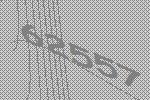
62557